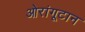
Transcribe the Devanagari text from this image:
ओरांगूटान